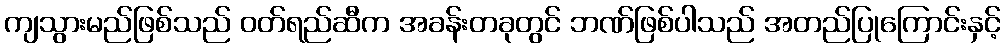
ကျသွားမည်ဖြစ်သည် ဝတ်ရည်ဆီက အခန်းတခုတွင် ဘဏ်ဖြစ်ပါသည် အတည်ပြုကြောင်းနှင့်